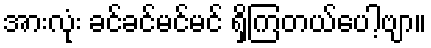
အားလုံး ခင်ခင်မင်မင် ရှိကြတယ်ပေါ့ဗျာ။